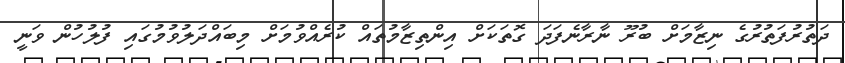
ދަތުރުފަތުރުގެ ނިޒާމަށް ބުރޫ ނާރާނެފަދަ ގޮތަކަށް އިންތިޒާމުތައް ކުރެއްވުމަށް މިބައްދަލުވުމުގައި ފުލުހުން ވަނީ